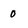
Character: 0